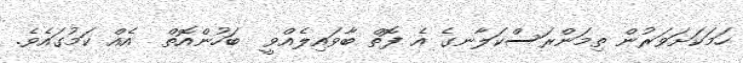
ހަމަކަށަވަރުން ތިމަންރަސްކަލާނގެ އެ ފޮތް ބާވައިލެއްވީ  ބަހުންއޮތް  އެއް ކަމުގައެވެ.